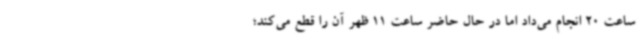
ساعت 20 انجام می‌داد اما در حال حاضر ساعت 11 ظهر آن را قطع می‌کند؛